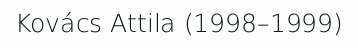
Kovács Attila (1998–1999)